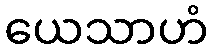
ယေသာဟံ